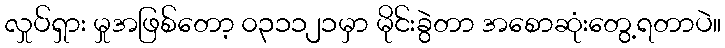
လှုပ်ရှား မှုအဖြစ်တော့ ၀၃၁၁၂၁မှာ မိုင်းခွဲတာ အစောဆုံးတွေ့ရတာပဲ။